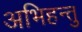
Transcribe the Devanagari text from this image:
अभिहन्तु